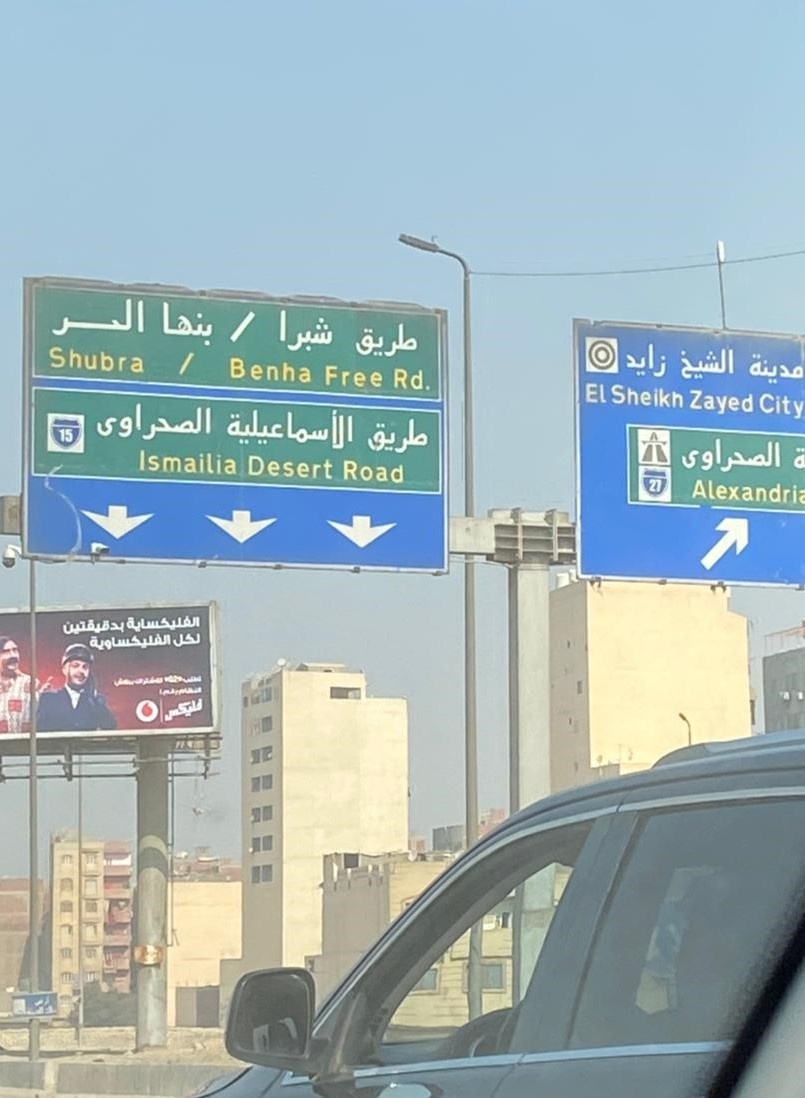
Text in image: الحر بنها شبرا طريق زايد الشيخ مدينة الصحراوى الأسماعيلية طريق الصحراوى الفلكساية دقيقتين لكل الفليكساوية Shubra Benha Free Rd ElSheikh Zayed City 15 Ismailia Desert Road 27 Alexandria